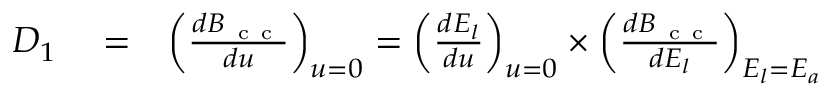
\begin{array} { r l r } { D _ { 1 } } & { { } = } & { \left( \frac { d { \cal B } _ { \mathrm { ~ c ~ c ~ } } } { d u } \right) _ { { u = 0 } } = \left( \frac { d E _ { l } } { d u } \right) _ { { u = 0 } } \times \left( \frac { d { \cal B } _ { \mathrm { ~ c ~ c ~ } } } { d E _ { l } } \right) _ { E _ { l } = E _ { a } } } \end{array}